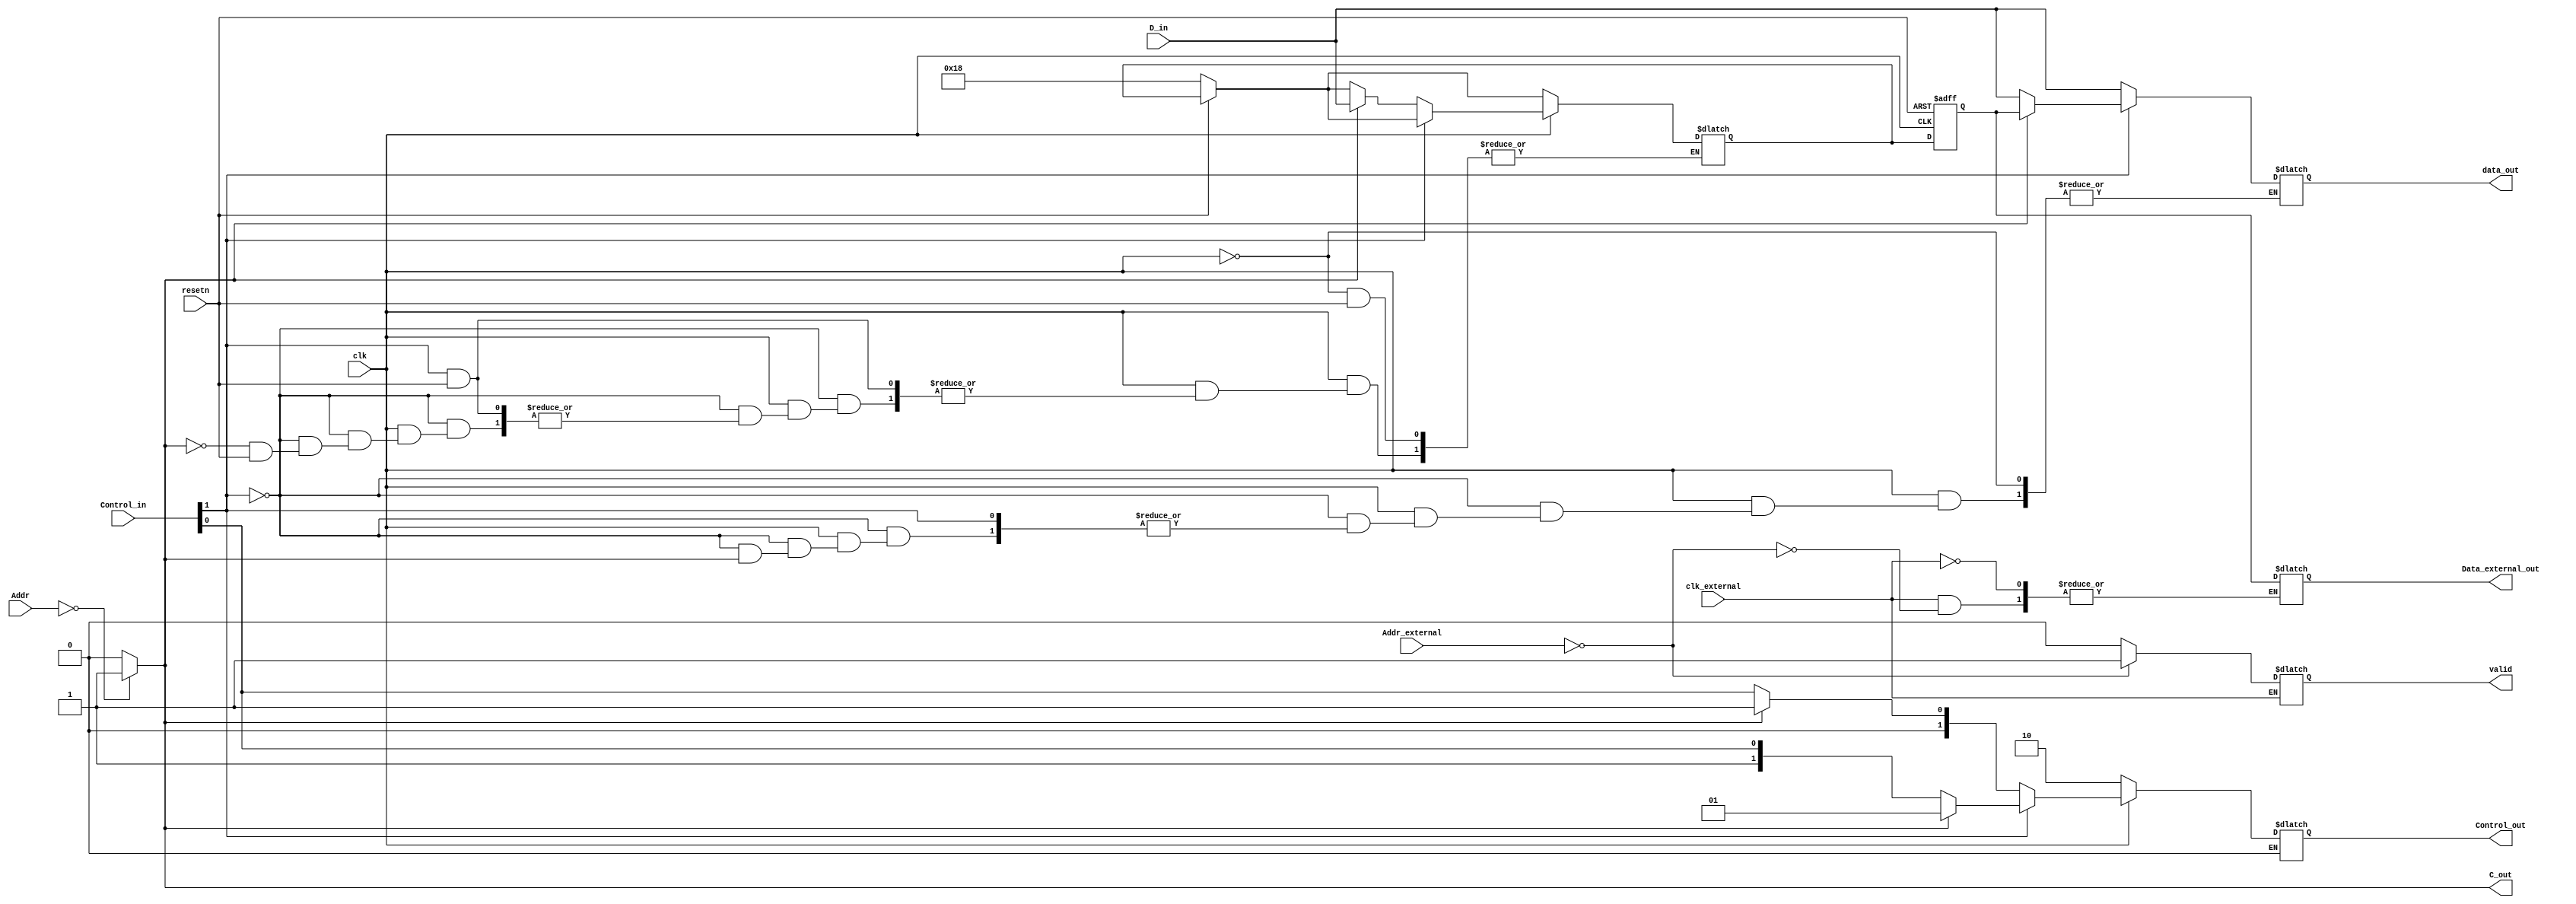
module register_block
    #(parameter Address = 8'b0000000)
    (
    input [7:0] D_in,
    input [1:0] Control_in, // {R/W,ACK}
    input [6:0] Addr,
    input clk,
    output [7:0] data_out,
    output [1:0] Control_out,
    input resetn,               // Reset Signal - active low
    // External Interface Signals
    input [6:0] Addr_external,
    input clk_external,   
    output reg [7:0] Data_external_out,
    output reg valid,
    output C_out
    );
    reg [7:0] q_reg; // This is the Storage element of the Register Block
    reg [7:0] q;
    reg [7:0] D_out; // This contains the output of Comparator
    reg [1:0] control_out;
    localparam Read = 1'b1,Write = 1'b0; // CHANGE THE ADDRESS OF REGISTER BLOCK
    
    always @(negedge clk or negedge resetn) begin
        if(!resetn) begin
            q_reg <= 8'b00011000;
        end
        else 
            q_reg <= q;
    end
    
    always @(*) begin
        if(!resetn) 
            q = 8'b00011000;
//        q = q_reg;
        if (clk) begin
           if (Control_in[1] == Read) begin
                if (C_out) begin             // If Address Match
                    D_out = q_reg;
                    control_out = {Write,1'b1};     // Write,ACK
                    
                end
                else begin        // If Address Does not Match
                    D_out = D_in;
                    control_out = Control_in;       // Pass Everything as it is
                end
            end 
            else if (Control_in[1] == Write) begin
                if (C_out) begin             // Address Match
                    q = D_in;
                    control_out = {Control_in[1],1'b1};     // Write,ACK    
                    //D_out = 8'bz;
                end
                else begin        // If Address Does not Match
                    D_out = D_in;
                    control_out = Control_in;       // Pass Everything as it is
                end
            end
        end
        else begin // when clk is 0
            control_out = {Read,1'b0};  // This will not allow the register blocks to be affected by previous transactions
        end
    end
    always @(*) begin
    if (clk_external) begin    
        if(Addr_external == Address) begin
          Data_external_out <= q_reg;
          valid <= 1;   
        end else
          valid <= 0; // This indicates Address is not matched
    end
    end

    
assign C_out = (Address == Addr) ? 1:0;

assign data_out = D_out;     
assign Control_out = control_out;   

endmodule